Vaccination United Provinces of Agra and Oudh 1914-1922 - 1914-1922
Year: 1914
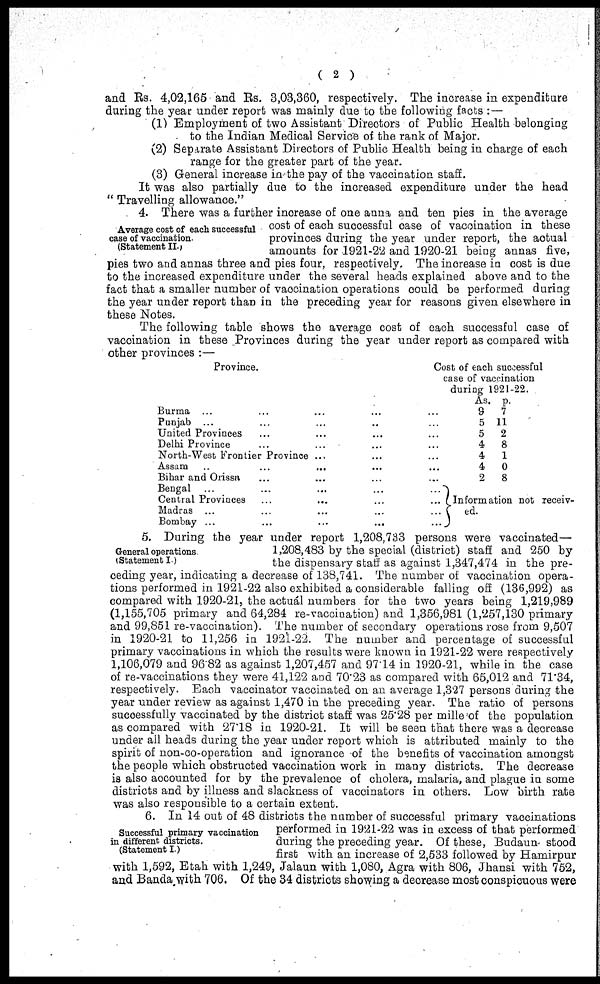
( 2 )
and Rs. 4,02,165 and Rs. 3,03,360, respectively. The increase in expenditure
during the year under report was mainly due to the following facts : —
(1) Employment of two Assistant Directors of Public Health belonging
to the Indian Medical Service of the rank of Major.
(2) Separate Assistant Directors of Public Health being in charge of each
range for the greater part of the year.
(3) General increase in the pay of the vaccination staff.
It was also partially due to the increased expenditure under the head
" Travelling allowance."
Average cost of each successful
case of vaccination.
(Statement II. )
4. There was a further increase of one anna and ten pies in the average
cost of each successful case of vaccination in these
provinces during the year under report, the actual
amounts for 1921-22 and 1920-21 being annas five,
pies two and annas three and pies four, respectively. The increase in cost is due
to the increased expenditure under the several heads explained above and to the
fact that a smaller number of vaccination operations could be performed during
the year under report than in the preceding year for reasons given elsewhere in
these Notes.
The following table shows the average cost of each successful case of
vaccination in these Provinces during the year under report as compared with
other provinces :—
Province.
Burma ... ... ... ... ...
Punjab ... ... ... ... ...
United Provinces ... ... ... ...
Delhi Province ... ... ... ...
North-West Frontier Province ... ... ...
Assam ... ... ... ... ...
Bihar and Orissa ... ... ... ...
Bengal ... ... ... ... ...
Central Provinces ... ... ... ...
Madras ... ... ... ... ...
Bombay ... ... ... ... ...
Cost of each successful
case of vaccination
during 1921-22.
As.
9
5
5
4
4
4
2
p.
7
11
2
8
1
0
8
Information not receiv-
ed.
General operations
(Statement I )
5. During the year under report 1,208,733 persons were vaccinated—
1,208,483 by the special (district) staff and 250 by
the dispensary staff as against 1,347,474 in the pre-
ceding year, indicating a decrease of 138,741. The number of vaccination opera-
tions performed in 1921-22 also exhibited a considerable falling off (136,992) as
compared with 1920-21, the actual numbers for the two years being 1,219,989
(1,155,705 primary and 64,284 re-vaccination) and 1,356,981 (1,257,130 primary
and 99,851 re-vaccination). The number of secondary operations rose from 9,507
in 1920-21 to 11,256 in 1921-22. The number and percentage of successful
primary vaccinations in which the results were known in 1921-22 were respectively
1,106,079 and 96.82 as against 1,207,457 and 97.14 in 1920-21, while in the case
of re-vaccinations they were 41,122 and 70.23 as compared with 65,012 and 71.34,
respectively. Each vaccinator vaccinated on an average 1,327 persons during the
year under review as against 1,470 in the preceding year. The ratio of persons
successfully vaccinated by the district staff was 25.28 per mille of the population
as compared with 27.18 in 1920-21. It will be seen that there was a decrease
under all heads during the year under report which is attributed mainly to the
spirit of non-co-operation and ignorance of the benefits of vaccination amongst
the people which obstructed vaccination work in many districts. The decrease
is also accounted for by the prevalence of cholera, malaria, and plague in some
districts and by illness and slackness of vaccinators in others. Low birth rate
was also responsible to a certain extent.
Successful primary vaccination
in different districts.
(Statement I. )
6. In 14 out of 48 districts the number of successful primary vaccinations
performed in 1921-22 was in excess of that performed
during the preceding year. Of these, Budaun stood
first with an increase of 2,533 followed by Hamirpur
with 1,592, Etah with 1,249, Jalaun with 1,080, Agra with 806, Jhansi with 752,
and Banda with 706. Of the 34 districts showing a decrease most conspicuous were